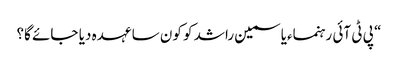
“ پی ٹی آئی رہنماءیاسمین راشد کو کون سا عہدہ دیا جائے گا؟